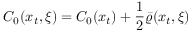
C _ { 0 } ( x _ { t } , \xi ) = C _ { 0 } ( x _ { t } ) + { \frac { 1 } { 2 } } \bar { \varrho } ( x _ { t } , \xi )